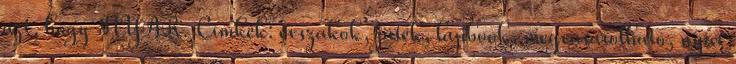
azt, hogy NYÁR. Címkék: évszakok, játék, lapbook, megvásárolható, nyár